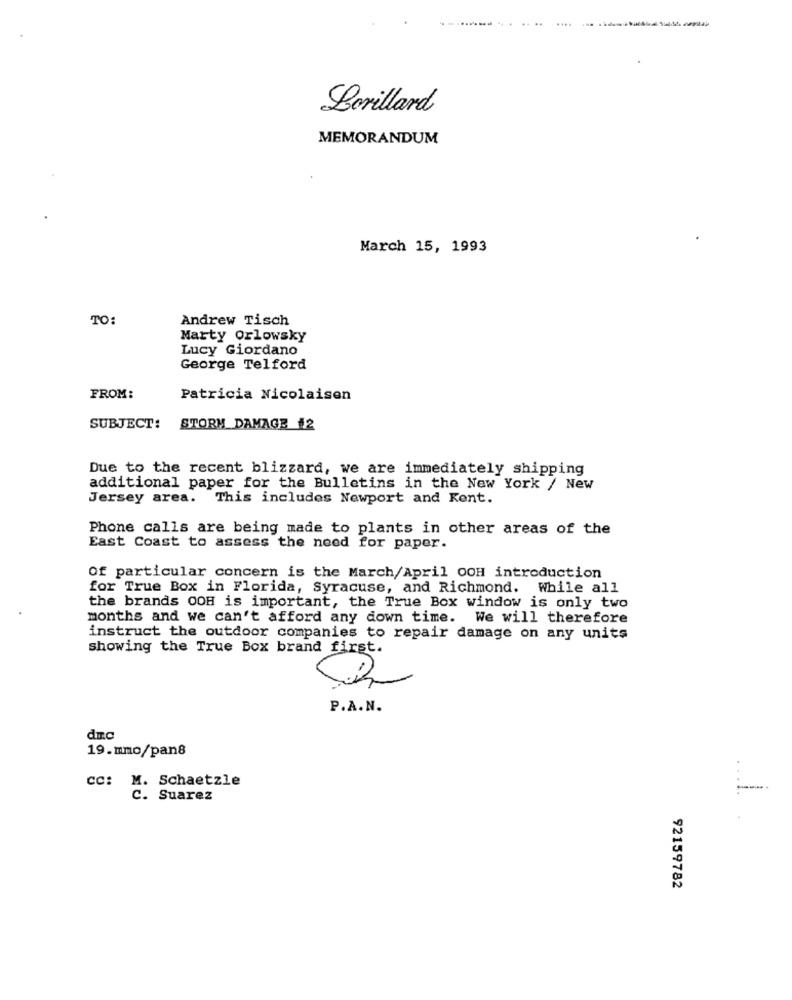
Lorillard
MEMORANDUM
March 15, 1993
TO:
Andrew Tisch
Marty Orlowsky
Lucy Giordano
George Telford
FROM:
Patricia Nicolaisen
SUBJECT:
STORM DAMAGE #2
Due to the recent blizzard, we are immediately shipping
additional paper for the Bulletins in the New York / New
Jersey area. This includes Newport and Kent.
Phone calls are being made to plants in other areas of the
East Coast to assess the need for paper.
Of particular concern is the March/April OOH introduction
for True Box in Florida, Syracuse, and Richmond. While all
the brands OOH is important, the True Box window is only two
months and we can't afford any down time. We will therefore
instruct the outdoor companies to repair damage on any units
showing the True Box brand first.
P.A.N.
du.c
19.mmo/pan8
CC: M. Schaetzle
C. Suarez
92159782